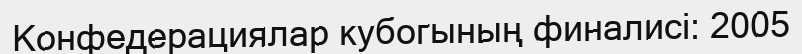
Конфедерациялар кубогының финалисі: 2005